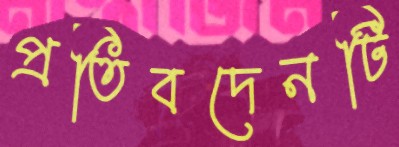
প্রতিবদেনটি